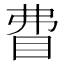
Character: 𥄱